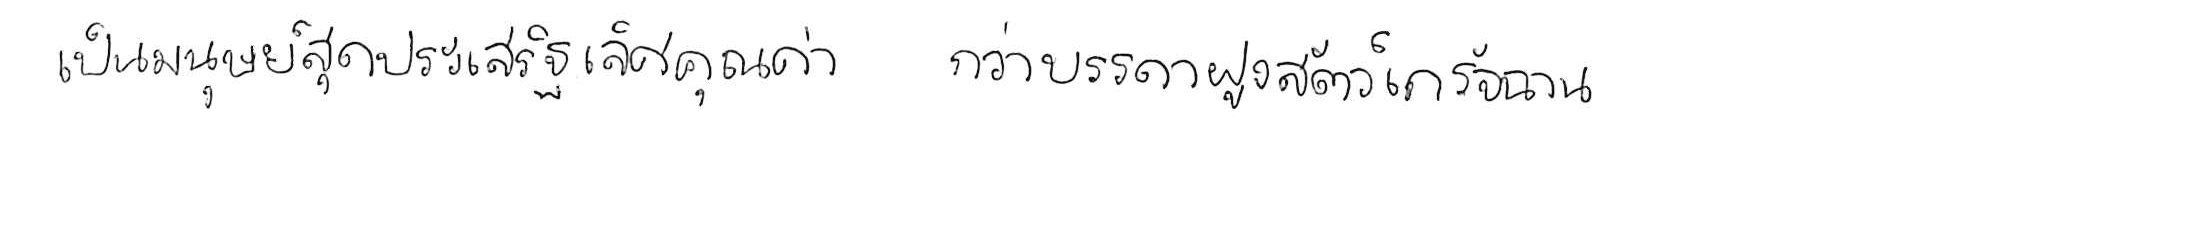
เป็นมนุษย์สุดประเสริฐเลิศคุณค่า กว่าบรรดาฝูงสัตว์เดรัจฉาน